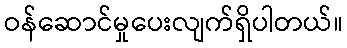
ဝန်ဆောင်မှုပေးလျက်ရှိပါတယ်။